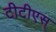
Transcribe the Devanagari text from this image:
टीटीएस्